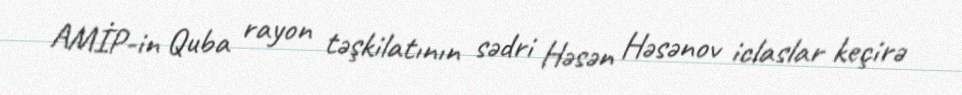
AMİP-in Quba rayon təşkilatının sədri Həsən Həsənov iclaslar keçirə